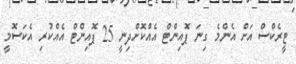
ޓީރެކްސް އަށް އެންމެ ގިނަ ޕޮއިންޓް އެއްކޮށްދިނީ 25 ޕޮއިންޓް އެއްކުރި އެކަސޮމީ